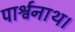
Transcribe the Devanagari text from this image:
पार्श्वनाथ।